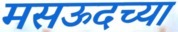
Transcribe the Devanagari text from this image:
मसऊदच्या